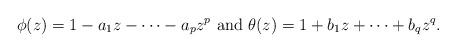
LaTeX: \begin{align*}\phi(z) & = 1-a_1z-\cdots-a_pz^p \textrm{ and } \theta(z) = 1+b_1z+\cdots+b_qz^q.\end{align*}